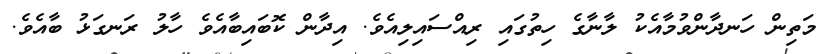
މަތިން ހަނދާންވުމާއެކު ލާނާގެ ހިތުގައި ރިއްސައިލިއެވެ. އިދާން ކޮބައިބާއެވެ ހާލު ރަނގަޅު ބާއެވެ.